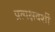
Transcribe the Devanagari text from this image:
प्रत्यक्षदर्शीं